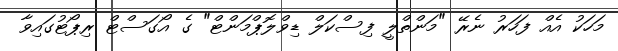
މަހަކު އެއް ފަހަރު ނެރޭ "މަންތްލީ ފިސްކަލް ޑިވްލޮޕްމަންޓް" ގެ އޯގަސްޓް ރިޕޯޓުގައިވާ